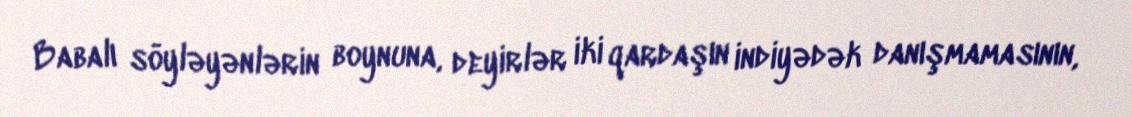
Babalı söyləyənlərin boynuna, deyirlər iki qardaşın indiyədək danışmamasının,